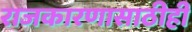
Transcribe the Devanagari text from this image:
राजकारणासाठीही